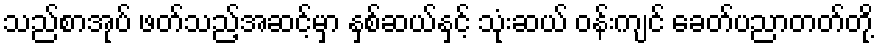
သည်စာအုပ် ဖတ်သည့်အဆင့်မှာ နှစ်ဆယ်နှင့် သုံးဆယ် ဝန်းကျင် ခေတ်ပညာတတ်တို့